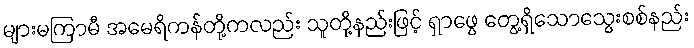
များမကြာမီ အမေရိကန်တို့ကလည်း သူတို့နည်းဖြင့် ရှာဖွေ တွေ့ရှိသောသွေးစစ်နည်း